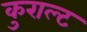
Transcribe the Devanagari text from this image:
कुराल्ट